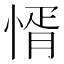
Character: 㥠